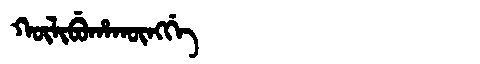
Manchu: ᡴᡡᠯᡳᠪᡠᡥᠠᡴᡡᠩᡤᡝ
Romanization: KŪLIBUHAKŪNGGE